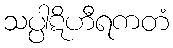
သပ္ပါဋိဟီရကတံ